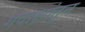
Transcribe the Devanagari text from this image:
गवाक्षांतून